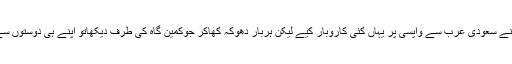
محمدانورعباسی نے سعودی عرب سے واپسی پر یہاں کئی کاروبار کیے لیکن ہربار دھوکہ کھاکر جوکمین گاہ کی طرف دیکھاتو اپنے ہی دوستوں سے ملاقات ہوگئی۔